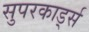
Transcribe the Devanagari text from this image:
सुपरकार्ड्स